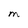
Character: M